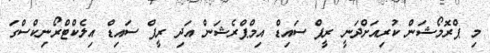
މި ޕްރޮމޯޝަން ކުރިއަށްދަނީ ރީފް ސައިޑް އިމްޕްރެޝަން އަދި ރީފް ސައިޑް އިލެކްޓްރޯނިކްސްގަ